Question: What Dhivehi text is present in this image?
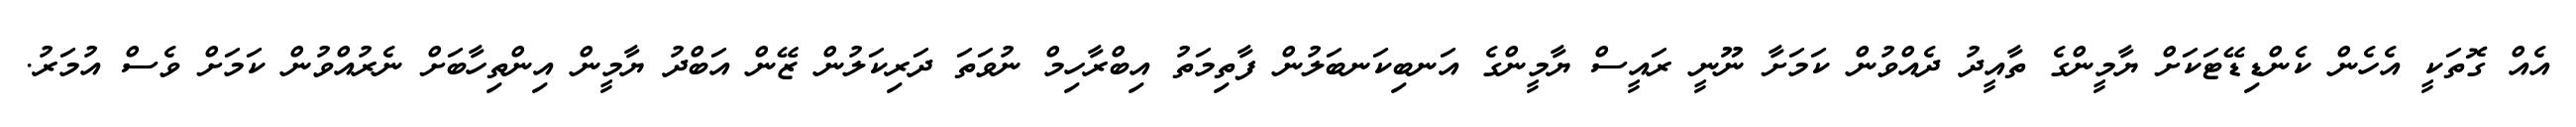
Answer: އެއް ގޮތަކީ އެހެން ކެންޑިޑޭޓަކަށް ޔާމީންގެ ތާއީދު ދެއްވުން ކަމަށާ ނޫނީ ރައީސް ޔާމީންގެ އަނބިކަނބަލުން ފާތިމަތު އިބްރާހިމް ނުވަތަ ދަރިކަލުން ޒޭން އަބްދު ޔާމީން އިންތިހާބަށް ނެރުއްވުން ކަމަށް ވެސް އުމަރު.